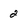
Character: 2